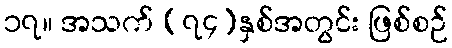
၁၇။ အသက် (၇၄)နှစ်အတွင်း ဖြစ်စဉ်